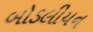
બોડલીયન